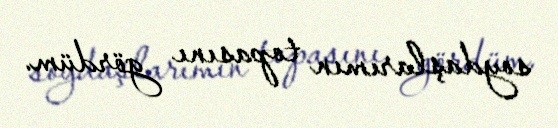
soydaşlarımın topasını gördüm.